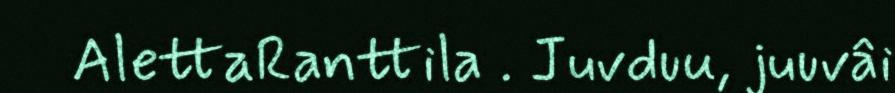
AlettaRanttila . Juvduu, juuvâi